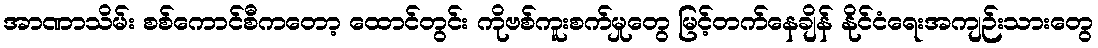
အာဏာသိမ်း စစ်ကောင်စီကတော့ ထောင်တွင်း ကိုဗစ်ကူးစက်မှုတွေ မြင့်တက်နေချိန် နိုင်ငံရေးအကျဉ်းသားတွေ